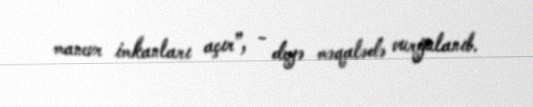
manevr imkanları açır”, - deyə məqalədə vurğulanıb.